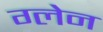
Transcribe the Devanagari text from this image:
ग्‍लेन